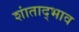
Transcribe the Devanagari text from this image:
शांताद्भाव